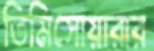
তিমিসোয়ারার